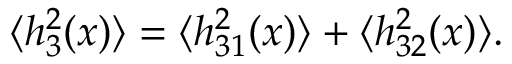
\langle h _ { 3 } ^ { 2 } ( x ) \rangle = \langle h _ { 3 1 } ^ { 2 } ( x ) \rangle + \langle h _ { 3 2 } ^ { 2 } ( x ) \rangle .